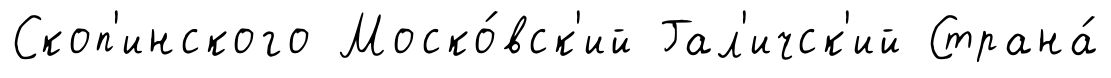
Скоп'инского Моско́вск'ий Гал'ичск'ий Страна́